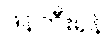
ဖန်တီးရန်